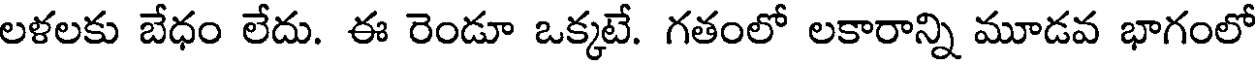
లళలకు బేధం లేదు. ఈ రెండూ ఒక్కటే. గతంలో లకారాన్ని మూడవ భాగంలో